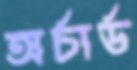
অর্চার্ড